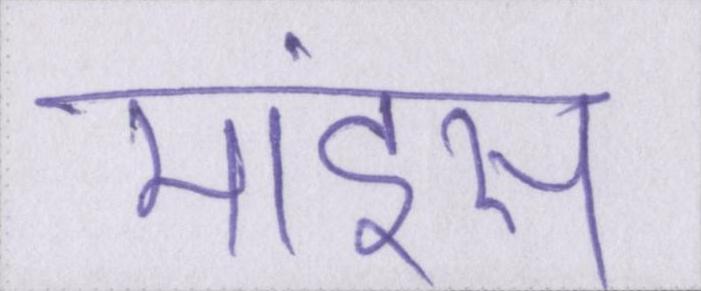
माइंस